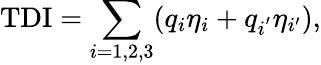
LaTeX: \mathrm{TDI}=\sum_{i=1,2,3}(q_{i}\eta_{i}+q_{i^{'}}\eta_{i^{\prime}}),